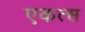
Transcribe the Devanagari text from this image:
एकत्स